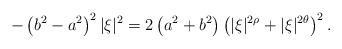
LaTeX: \begin{align*}-\left(b^2-a^2\right)^2|\xi|^2=2\left(a^2+b^2\right)\left(|\xi|^{2\rho}+|\xi|^{2\theta}\right)^2.\end{align*}